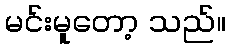
မင်းမူတော့ သည်။